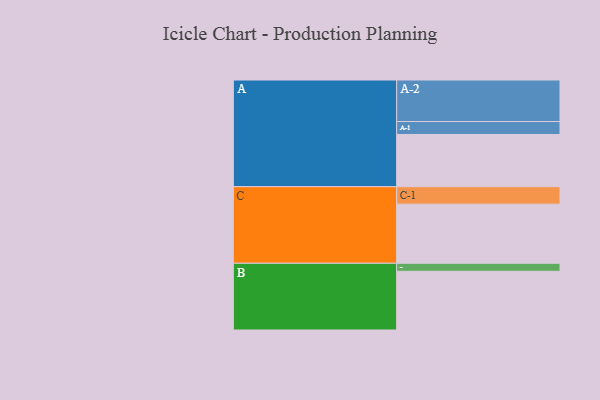
{"axis": {"x": "Segment", "y": "Value"}, "legend": ["", "A", "B", "C"], "data": [{"x": "A", "y": 371, "type": ""}, {"x": "B", "y": 417, "type": ""}, {"x": "C", "y": 420, "type": ""}, {"x": "A-1", "y": 92, "type": "A"}, {"x": "A-2", "y": 295, "type": "A"}, {"x": "B-1", "y": 57, "type": "B"}, {"x": "C-1", "y": 124, "type": "C"}]}